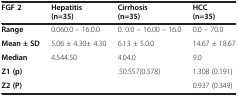
| FGF 2 | Hepatitis | Cirrhosis | HCC |
 |  | (n=35) | (n=35) | (n=35) |
 | --- | --- | --- | --- |
 | Range | 0.060.0 – 16.0.0 | 0. 0.0 – 16.00 – 16.0 | 0.0 – 70.0 |
 | Mean ± SD | 5.06 ± 4.30± 4.30 | 6.13 ± 5.0.0 | 14.67 ± 18.67 |
 | Median | 4.544.50 | 4.04.0 | 9.0 |
 | Z1 (p) |  | .50.557(0.578) | 1.308 (0.191) |
 | Z2 (P) |  |  | 0.937 (0.349) |